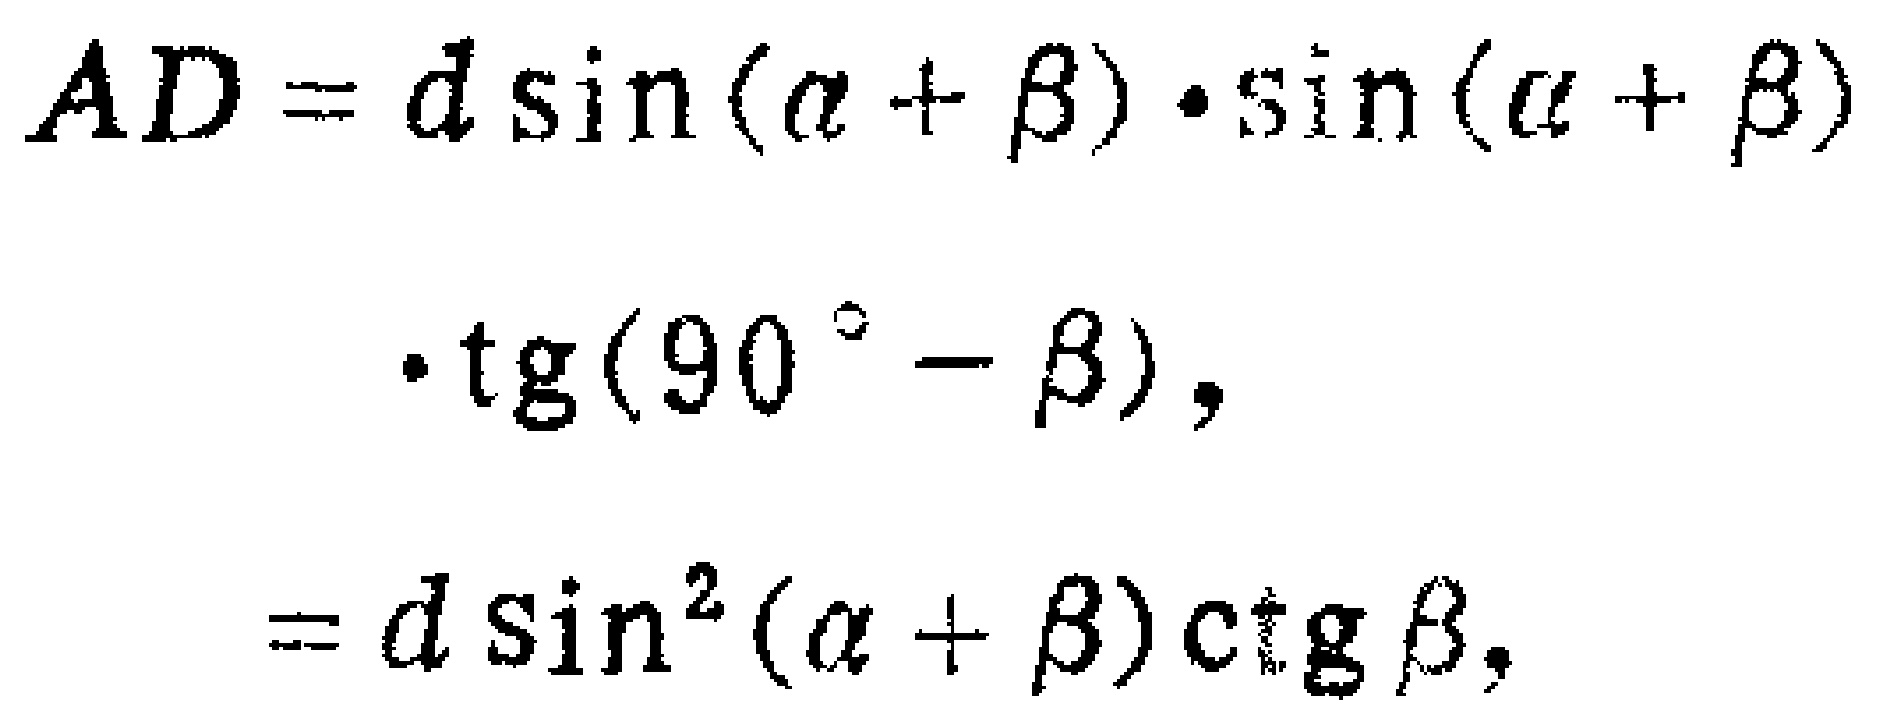
\[
\begin{align*}
AD&=d\sin(\alpha + \beta)\cdot\sin(\alpha + \beta)\\
&\cdot\operatorname{tg}(90^{\circ}-\beta),\\
&=d\sin^{2}(\alpha + \beta)\operatorname{ctg}\beta,
\end{align*}
\]